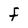
Character: F